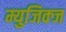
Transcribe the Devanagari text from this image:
म्युजिक्ज